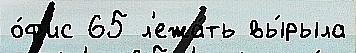
о́ф'ис 65 л'ежа́ть вы́рыла